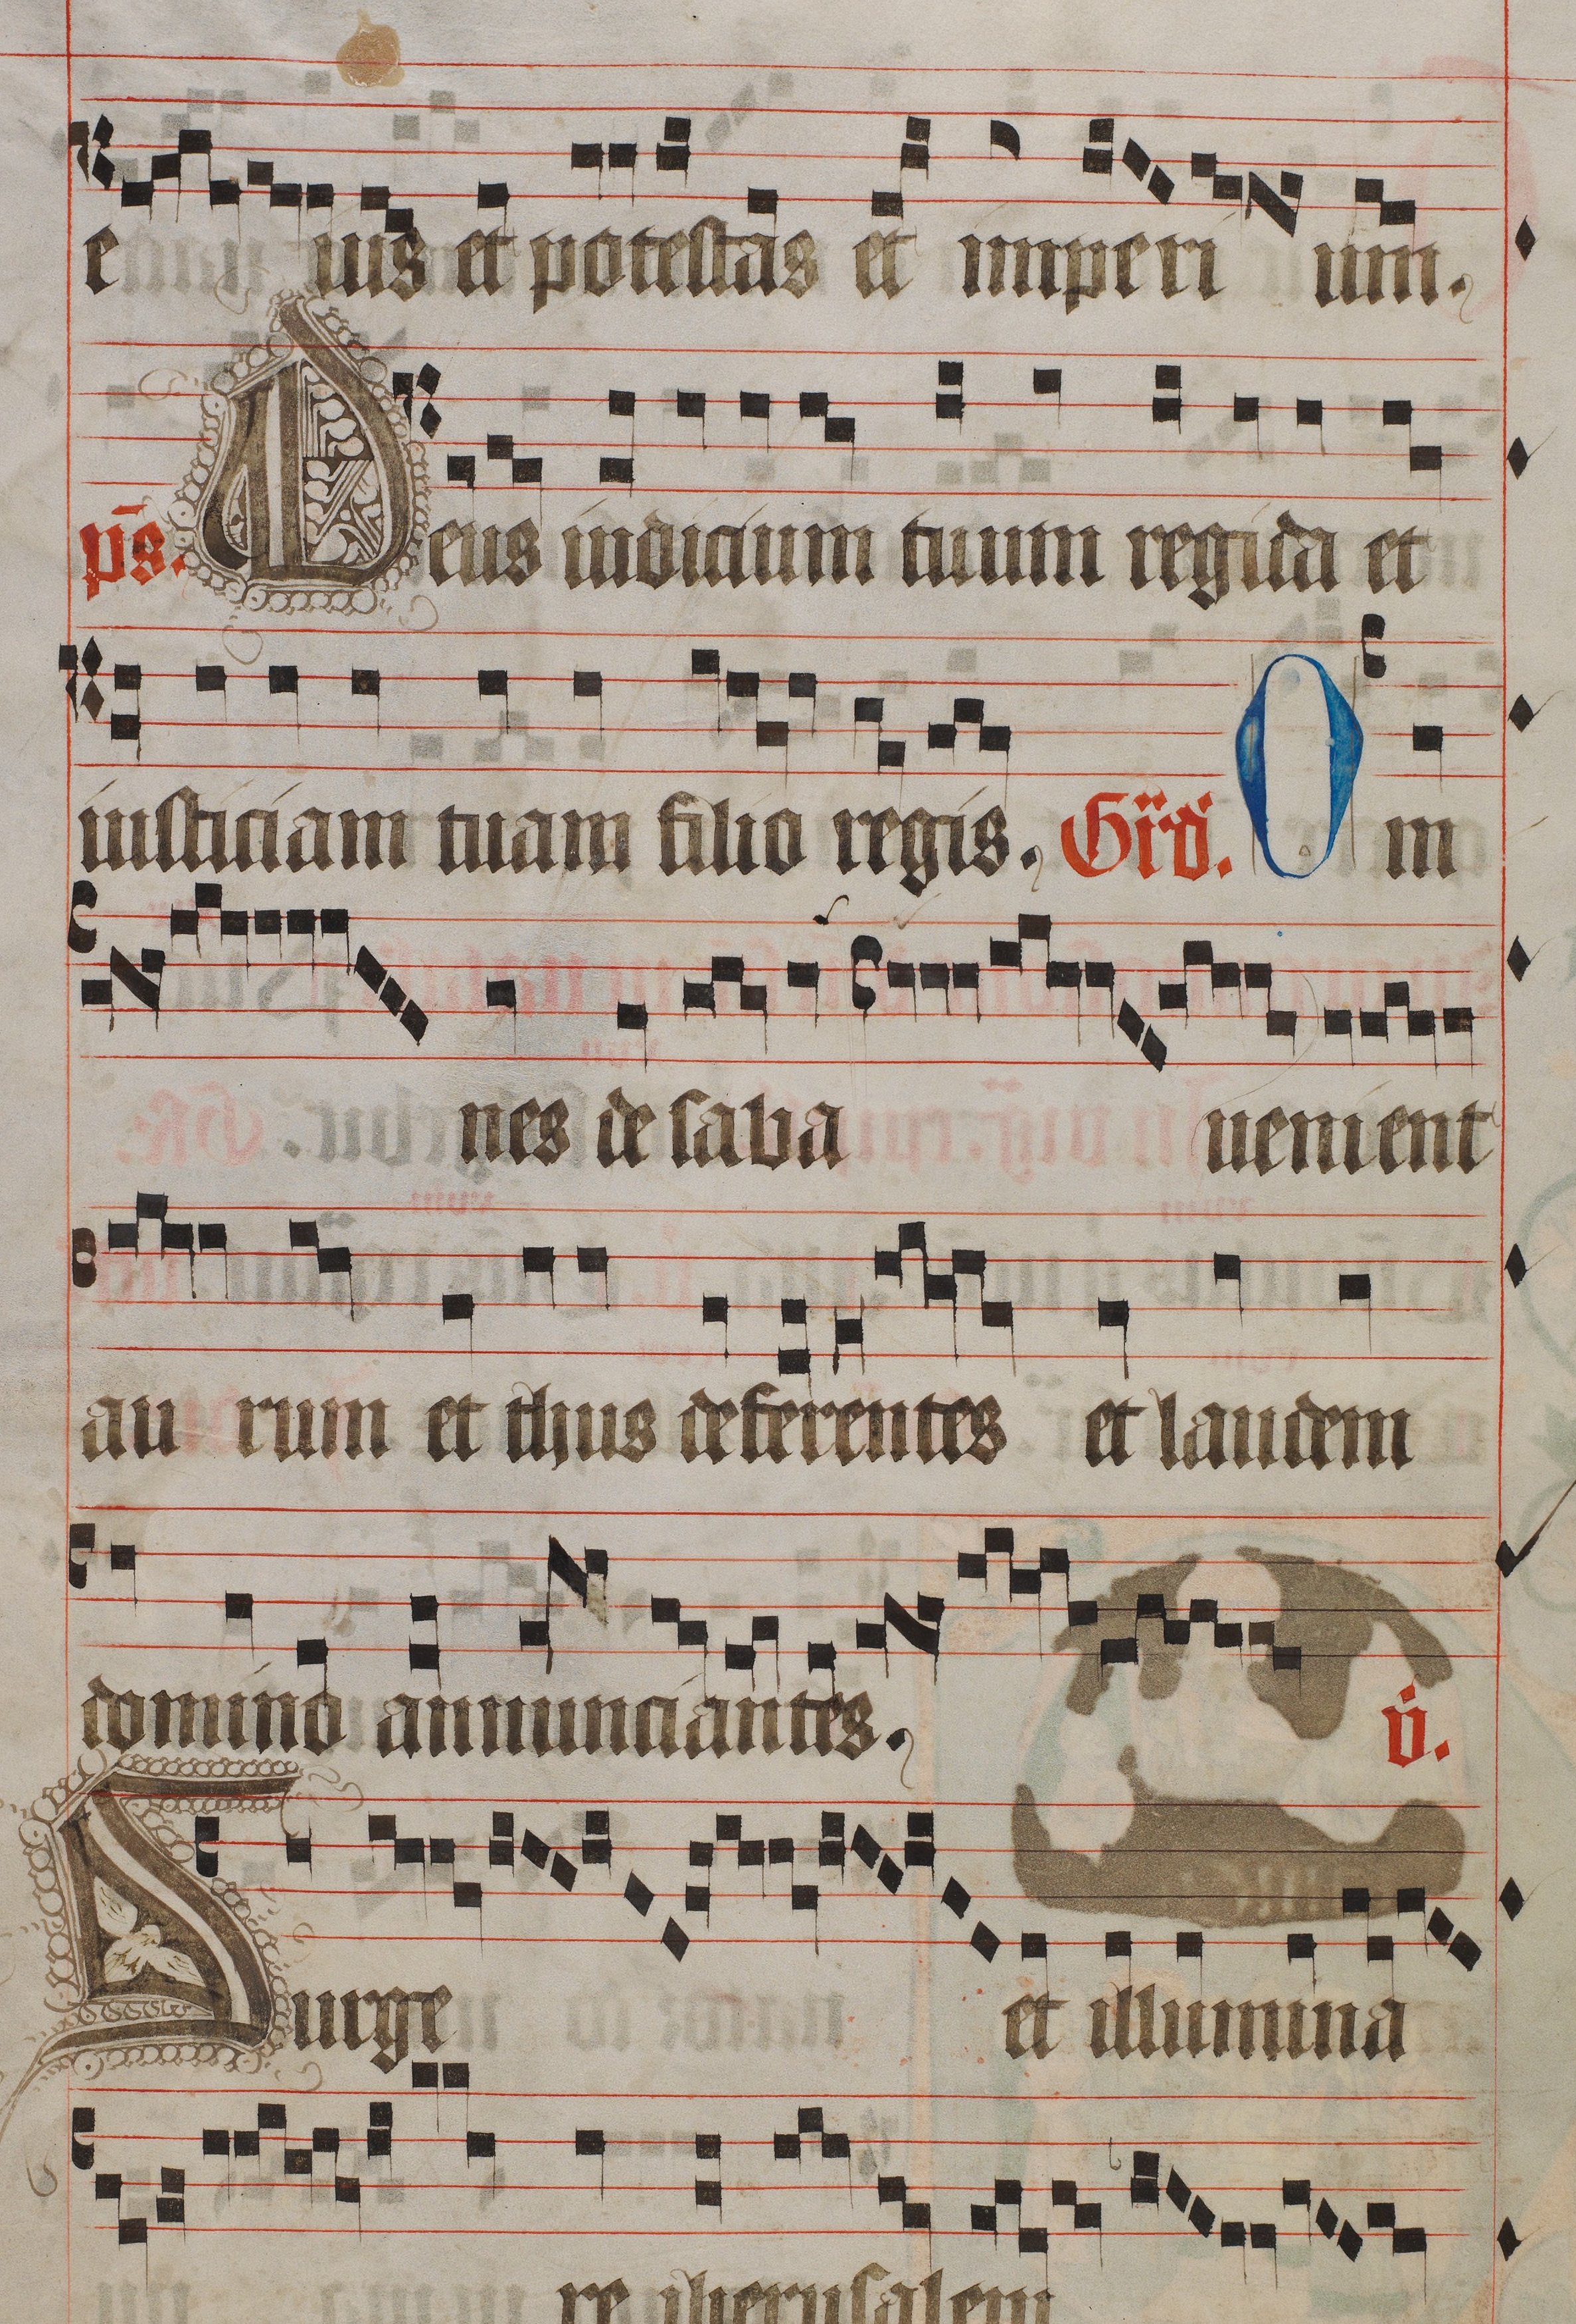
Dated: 1445–1475